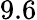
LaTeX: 9.6